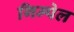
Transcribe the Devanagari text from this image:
गिम्पेल